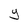
Character: y